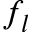
f _ { l }